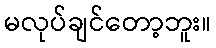
မလုပ်ချင်တော့ဘူး။